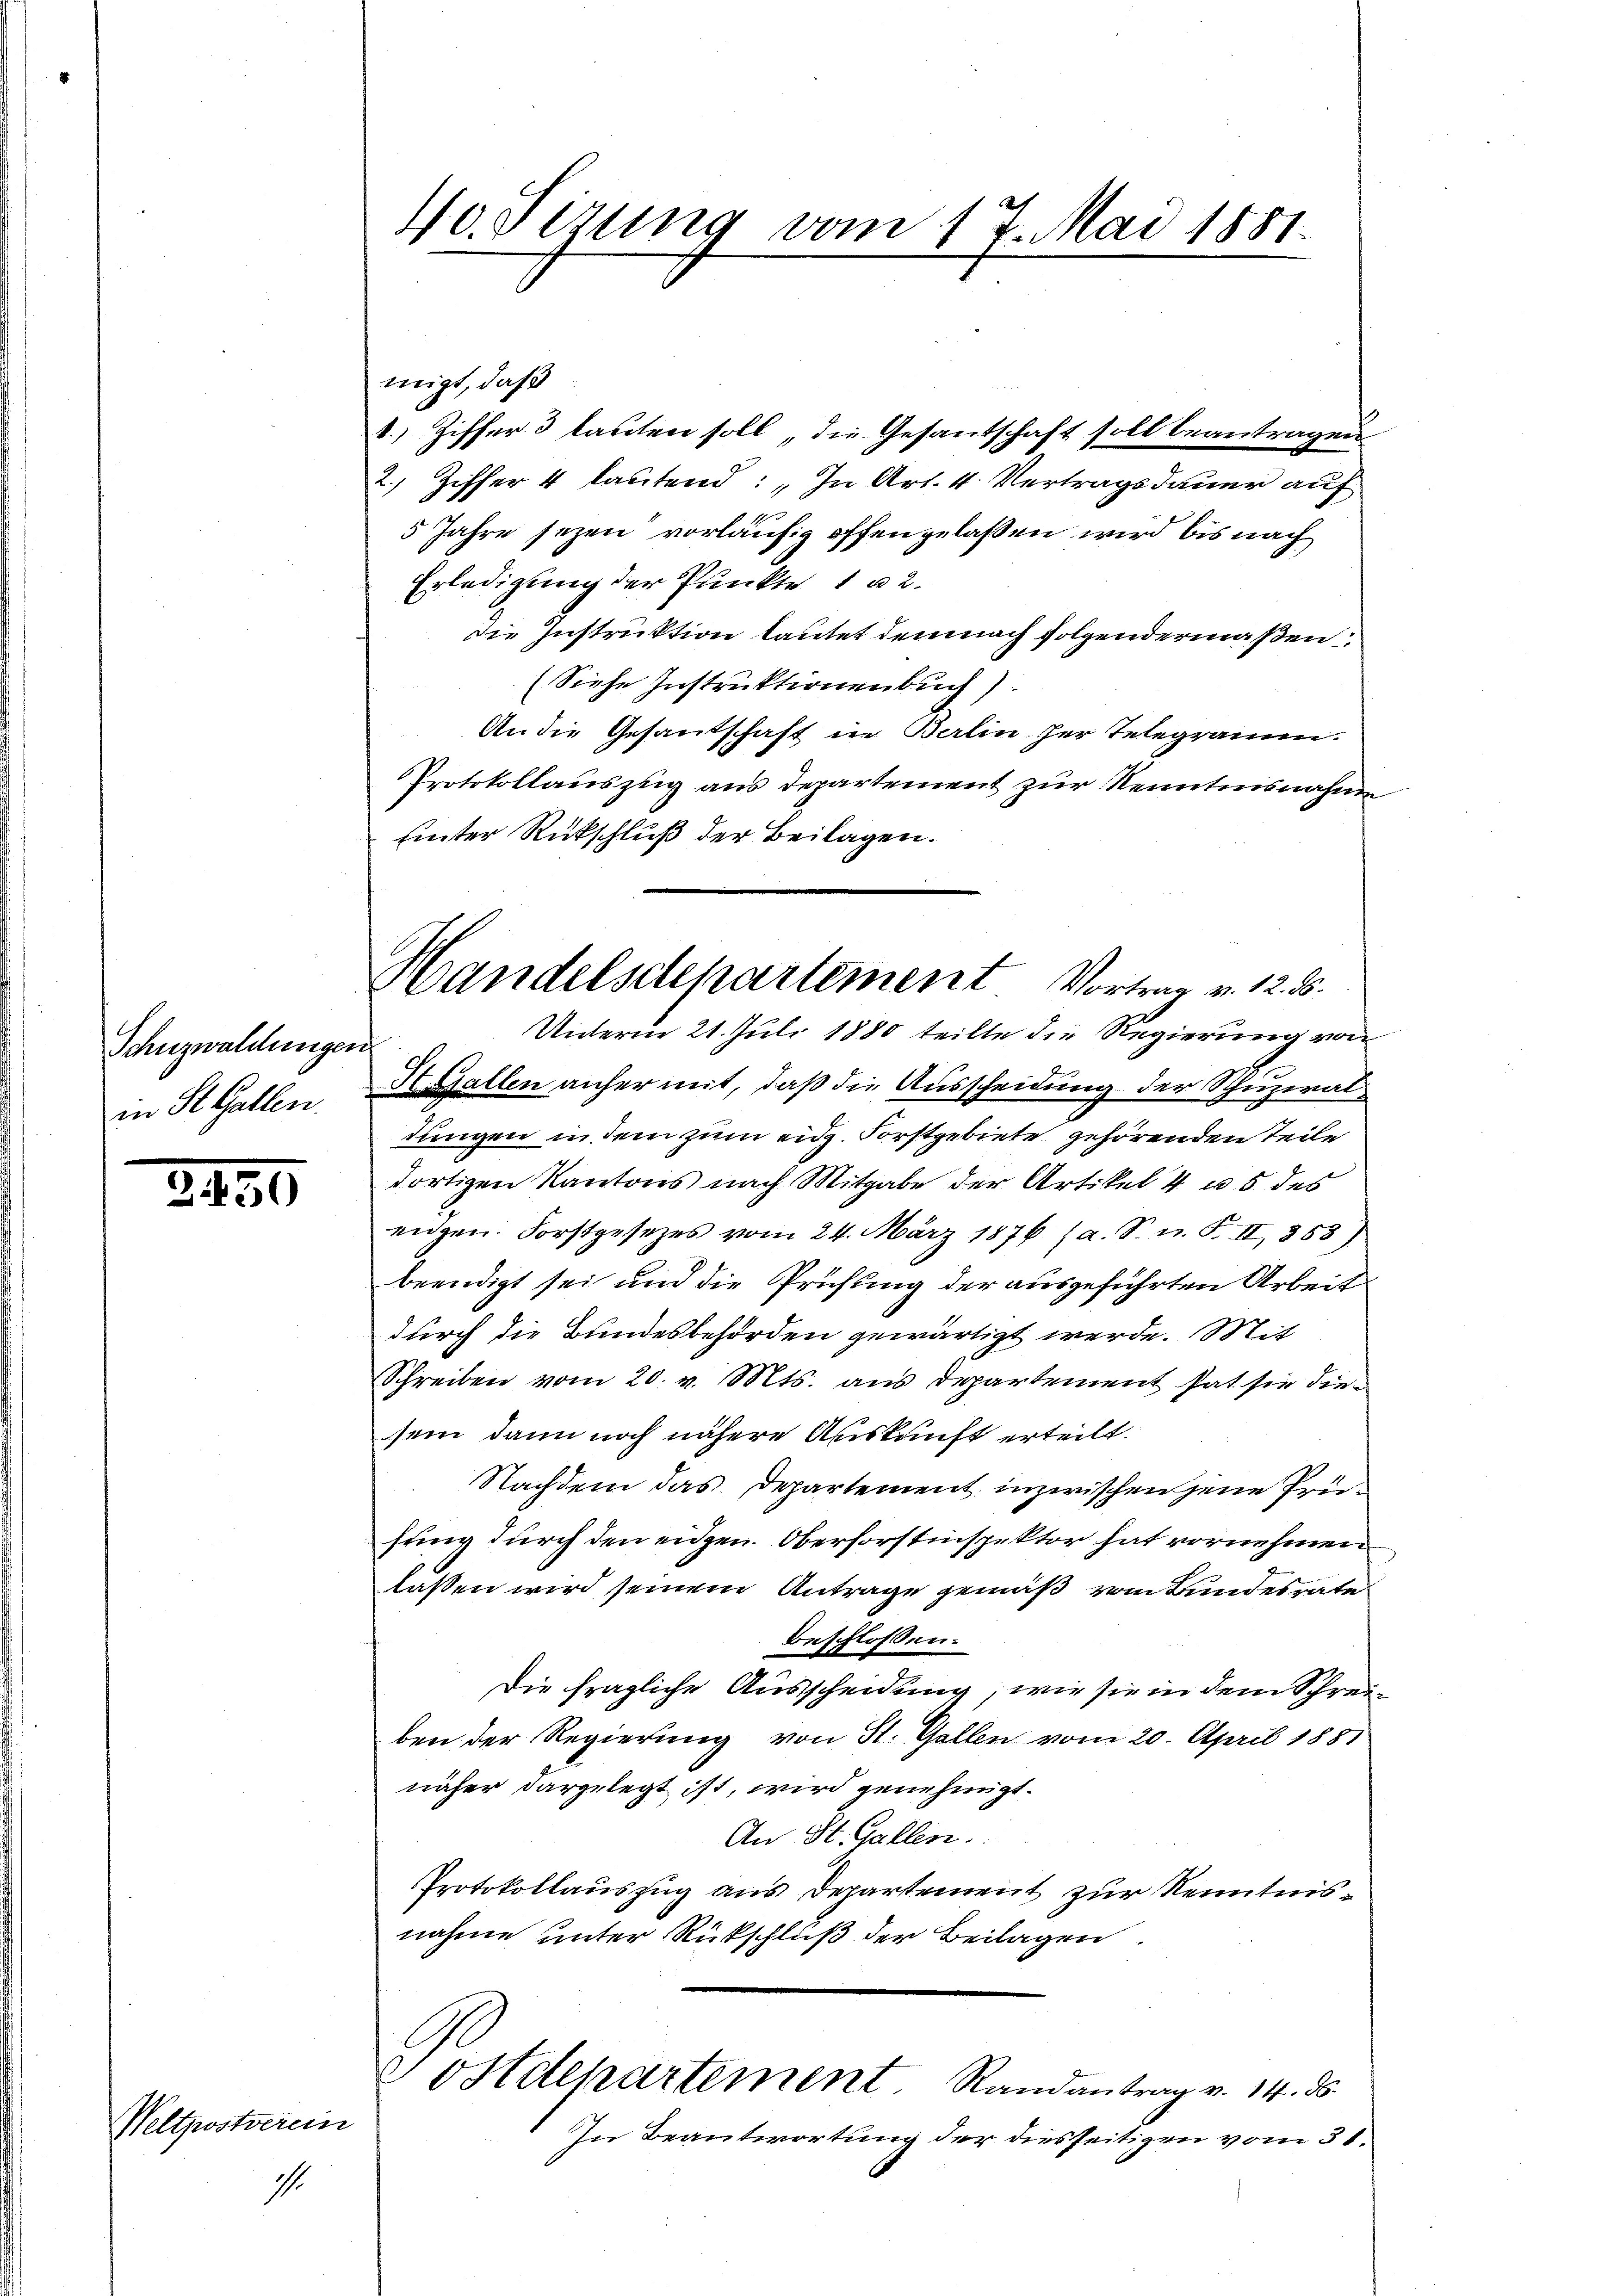
Schnzwaldungen
in St. Gallen.

2430

Weltpostverein

1

40. Sizung vom 17. Mai 1881.

Handelsdepartement Vortrag v. 12. 85.

migt, daß
k. Ziffer 3 lauten soll, die Gesandschaft soll beantragen
Ziffer 4 lautend: „In Art. 4. Vertragsdauer auf
2)
5 Jahre sezen vorläufig offengelaßen wird bis nach
Erledigung der Punkte 1 u 2.
die Instruktion lautet demnach folgendermaßen
(Siehe Instruktionenbuch)
An die Gesandschaft in Balin her Telegramm.
Protokollauszug aus Departement zur Kenntnisnahme
Einter Rückschluß der Beilagen.
Unterm 21. Juli 1880 teilte die Regierung von
StGallen anher mit, daß die Ausscheidung der Schuzialdungen in dem zum eidg. Forstgebiete gehörenden Teile
dortigen Kantons nach Mitgabe der Artikel 4 u. 5 des
engen. Forstgesetzes vom 24. März 1876 (a. S. n. F. II, 358)
beendigt sei und die Prüfung der ausgeführten Arbeit
durch die Bundesbehörden gewärtigt werde. Mit
Schreiben vom 20. v. Mts. aus Departement hat sie diesein dann noch nähere Auskunft erteilt.
Nachdem das Departement inzwischen jene Prüfung durch den eidgen. Oberforstinspektor hat vornehmen
lassen wird seinem Antrage gemäß vom Bundesrate
beschlossen:
Die fragliche Ausscheidung, wie sie in dem Schreiben der Regierung von St. Gallen vom 20. April 1881
näher dargelegt ist, wird genehmigt.
An St. Gallen.
Protokollauszug aus Departement zur Kenntnisnahme unter Rückschluß der Beilagen
Sostdepartement Randantrag v. 14. ds.
In Beantwortung der diesseitigen vom 31.